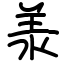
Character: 𣴎